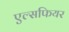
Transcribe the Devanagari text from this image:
एल्सफियर